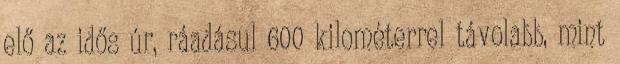
elő az idős úr, ráadásul 600 kilométerrel távolabb, mint